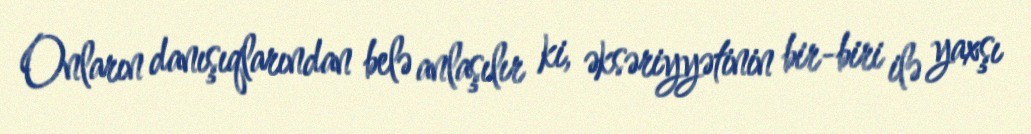
Onların danışıqlarından belə anlaşılır ki, əksəriyyətinin bir-biri ilə yaxşı